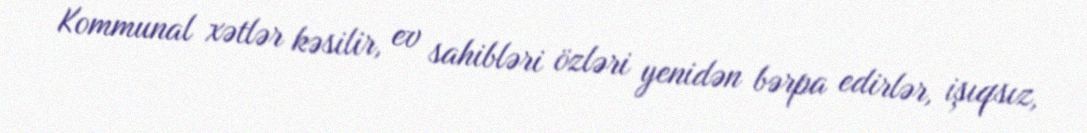
Kommunal xətlər kəsilir, ev sahibləri özləri yenidən bərpa edirlər, işıqsız,